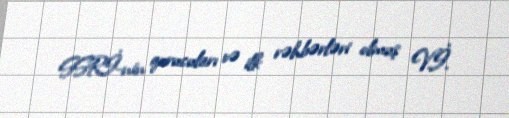
SSRİ-nin qurucuları və ilk rəhbərləri olmuş V.İ.